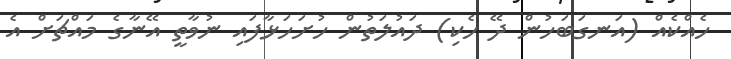
ހެއްކެއް (އަނގަބަހުން ދޭ ހެކި) ދައުލަތުން ހުށަހަޅާފައި ނުވާތީ އޭނާގެ މައްޗަށް އެ